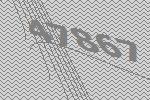
47867